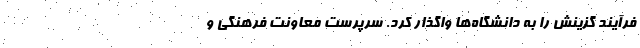
فرآیند گزینش را به دانشگاه‌ها واگذار کرد. سرپرست معاونت فرهنگی و